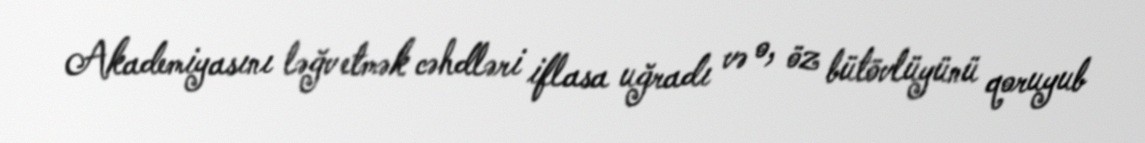
Akademiyasını ləğv etmək cəhdləri iflasa uğradı və o, öz bütövlüyünü qoruyub